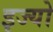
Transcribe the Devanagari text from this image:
इज्यो